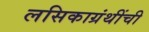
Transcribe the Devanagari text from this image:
लसिकाग्रंथींची